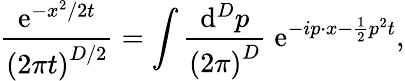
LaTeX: \frac{\mathrm{e}^{-x^{2}/2t}}{\left(2\pi t\right)^{D/2}}=\int\frac{\mathrm{d}^{D}p}{\left(2\pi\right)^{D}}\; \mathrm{e}^{-ip\cdot x-\frac 12p^{2}t},